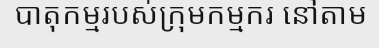
បាតុកម្មរបស់ក្រុមកម្មករ នៅតាម